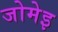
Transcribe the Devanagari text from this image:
जोमेइ